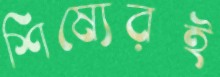
শিষ্যেরই